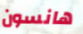
هانسون